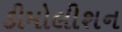
ડીમોલીશન